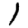
Digit: 1